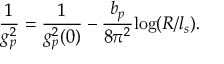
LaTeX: \frac { 1 } { g _ { p } ^ { 2 } } = \frac { 1 } { g _ { p } ^ { 2 } ( 0 ) } - \frac { b _ { p } } { 8 \pi ^ { 2 } } \mathrm { l o g } ( R / l _ { s } ) .